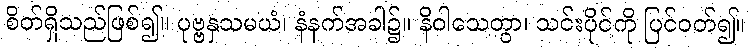
စိတ်ရှိသည်ဖြစ်၍။ ပုဗ္ဗနှသမယံ၊ နံနက်အခါ၌။ နိဝါသေတွာ၊ သင်းပိုင်ကို ပြင်ဝတ်၍။